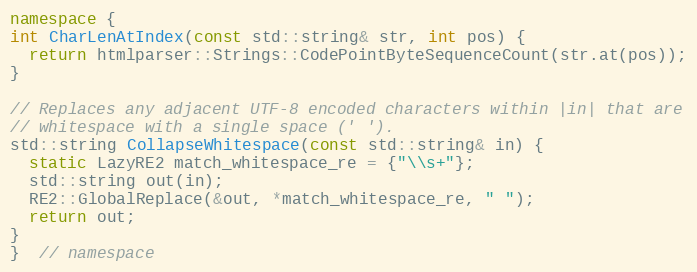
Language: C++
namespace {
int CharLenAtIndex(const std::string& str, int pos) {
  return htmlparser::Strings::CodePointByteSequenceCount(str.at(pos));
}

// Replaces any adjacent UTF-8 encoded characters within |in| that are
// whitespace with a single space (' ').
std::string CollapseWhitespace(const std::string& in) {
  static LazyRE2 match_whitespace_re = {"\\s+"};
  std::string out(in);
  RE2::GlobalReplace(&out, *match_whitespace_re, " ");
  return out;
}
}  // namespace